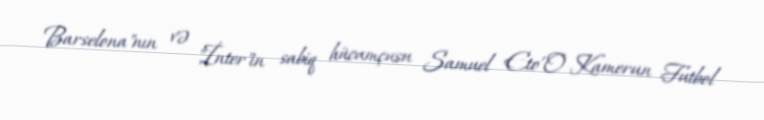
Barselona"nın və "İnter"in sabiq hücumçusu Samuel Eto'O Kamerun Futbol